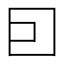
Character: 囙